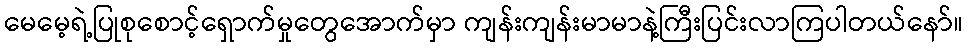
မေမေ့ရဲ့ပြုစုစောင့်ရှောက်မှုတွေအောက်မှာ ကျန်းကျန်းမာမာနဲ့ကြီးပြင်းလာကြပါတယ်နော်။